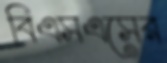
বিএসএসের